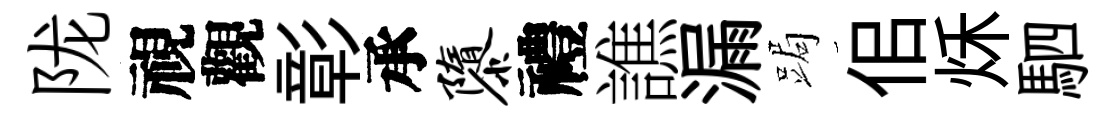
陇視觀彰承隳禮譙漏跼佀秌駟